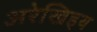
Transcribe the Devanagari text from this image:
अरेखिइय